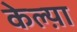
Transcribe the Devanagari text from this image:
केल्य़ा